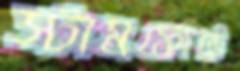
স্টামফোর্ডে